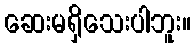
ဆေးမရှိသေးပါဘူး။